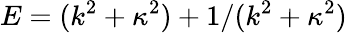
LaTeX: E=(k^{2}+\kappa^{2})+1/(k^{2}+\kappa^{2})